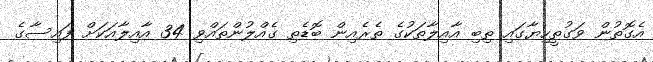
އެގޮތުން ވަގުތީހިޔާގައި ތިބި އާއިލާތަކުގެ ތެރެއިން ބޮޑެތި ގެއްލުންތައްވި 34 އާއިލާއަކަށް ފައިސާގެ